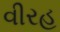
વીરહ